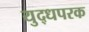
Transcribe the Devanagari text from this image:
युद्धपरक